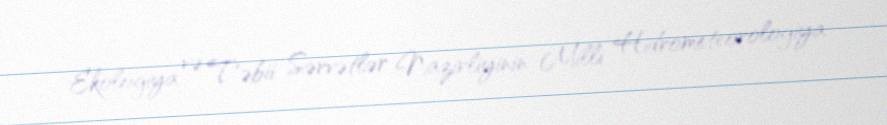
Ekologiya və Təbii Sərvətlər Nazirliyinin Milli Hidrometeorologiya